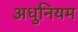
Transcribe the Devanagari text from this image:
अधुनियम